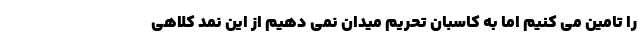
را تامین می کنیم اما به کاسبان تحریم میدان نمی دهیم از این نمد کلاهی